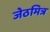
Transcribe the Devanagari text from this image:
जेठमित्र